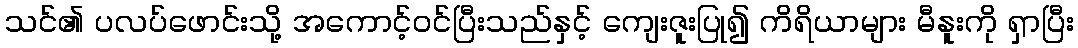
သင်၏ ပလပ်ဖောင်းသို့ အကောင့်ဝင်ပြီးသည်နှင့် ကျေးဇူးပြု၍ ကိရိယာများ မီနူးကို ရှာပြီး